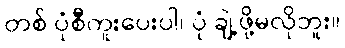
တစ် ပုံစီကူးပေးပါ၊ ပုံ ချဲ့ဖို့မလိုဘူး။